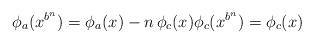
LaTeX: \begin{align*}\phi_a(x^{b^n}) = \phi_a(x) - n \, \phi_c(x) \phi_c(x^{b^n}) = \phi_c(x)\end{align*}